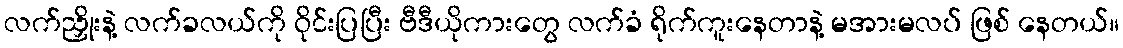
လက်ညှိုးနဲ့ လက်ခလယ်ကို ဝိုင်းပြပြီး ဗီဒီယိုကားတွေ လက်ခံ ရိုက်ကူးနေတာနဲ့ မအားမလပ် ဖြစ် နေတယ်။